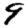
Digit: 9